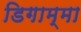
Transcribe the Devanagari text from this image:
डिगाम्मा